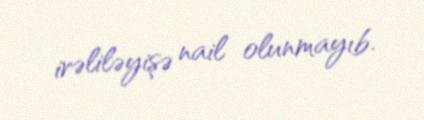
irəliləyişə nail olunmayıb.